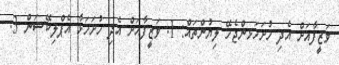
ވަޒީފާއަށް އެދި ހުށަހަޅންޖެހޭ ލިޔުންތައް: 1. ވަޒީފާއަށް އެދި ހުށަހަޅާ އެޕްލިކޭޝަން 3.